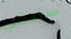
ستعتني